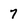
Character: 7